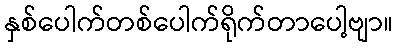
နှစ်ပေါက်တစ်ပေါက်ရိုက်တာပေါ့ဗျာ။